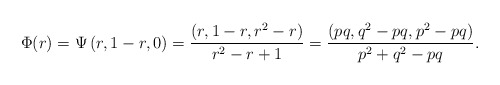
\begin{align*}\Phi (r)=\Psi\left(r, 1-r, 0\right)=\frac{(r, 1- r,r^2 - r)}{r^2 - r + 1}=\frac{(pq, q^2 - pq,p^2 - pq)}{p^2 + q^2 - pq}.\end{align*}